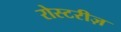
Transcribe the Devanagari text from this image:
रोस्टरीज़